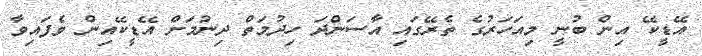
އޭޑީކޭ އިން ބުނީ މިއަހަރުގެ ތެރޭގައި އާސަންދަ ހިދުމަތް ދިނުމަށް އޭޑީކޭއިން ވެފައިވާ